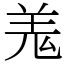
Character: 羗